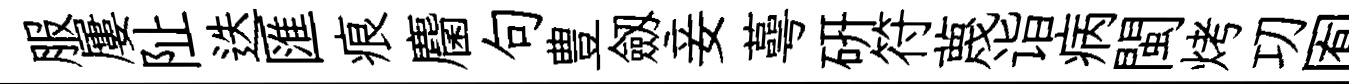
服屢阯迭匯痕麕句豊劔妾蕚硏符蔑诣病閩烤㓛囿